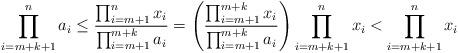
LaTeX: \begin{align*}\prod_{i=m+k+1}^n a_i \leq \frac{ \prod_{i=m+1}^n x_i}{\prod_{i=m+1}^{m+k} a_i} = \left( \frac{ \prod_{i=m+1}^{m+k} x_i}{\prod_{i=m+1}^{m+k} a_i} \right) \prod_{i=m+k+1}^n x_i < \prod_{i=m+k+1}^n x_i\end{align*}